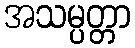
အသမ္ပတ္တာ